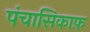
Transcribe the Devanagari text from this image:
पंचासिकाफ़